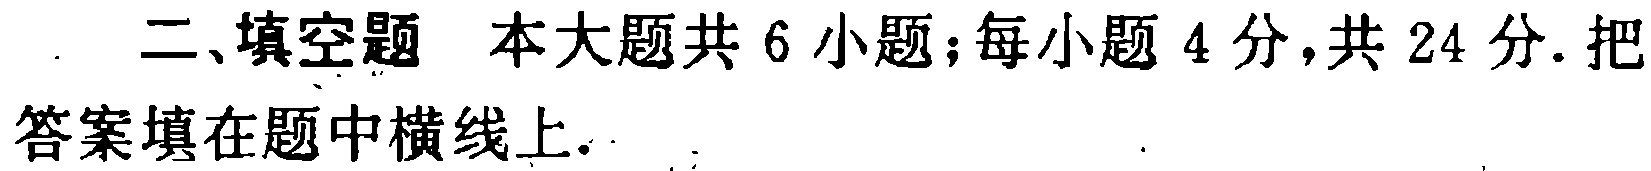
二、填空题 本大题共6小题；每小题4分，共24分. 把答案填在题中横线上.